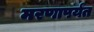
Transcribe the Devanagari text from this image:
मरणापर्यंत